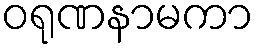
ဝရုဏနာမကာ